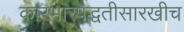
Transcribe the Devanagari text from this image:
कारभारपद्धतीसारखीच